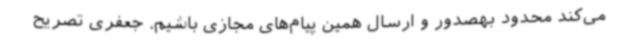
می‌کند محدود بهصدور و ارسال همین پیام‌های مجازی باشیم. جعفری تصریح